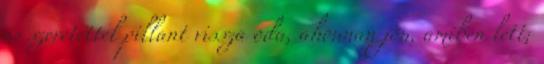
és szeretettel pillant vissza oda, ahonnan jön, amiben lett;